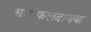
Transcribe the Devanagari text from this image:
सद्यःफलदायक